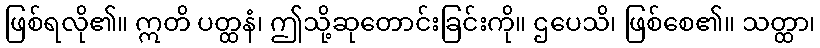
ဖြစ်ရလို၏။ ဣတိ ပတ္ထနံ၊ ဤသို့ဆုတောင်းခြင်းကို။ ဌပေသိ၊ ဖြစ်စေ၏။ သတ္ထာ၊